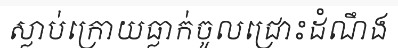
ស្លាប់ក្រោយធ្លាក់ចូលជ្រោះដំណឹង